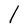
Character: l